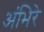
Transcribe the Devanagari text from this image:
अंभिरे